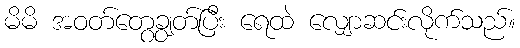
မိမိ အဝတ်တွေချွတ်ပြီး ရေထဲ လျှောဆင်းလိုက်သည်။